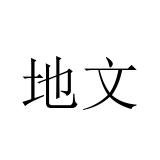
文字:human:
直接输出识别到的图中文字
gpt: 地文